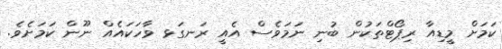
ކަމަށް މީޑިއާ ރިޕޯޓްތަކުން ބުނި ނަމަވެސް އެއީ ރަނގަޅ ވާހަކައެއް ނޫން ކަމަށެވެ.